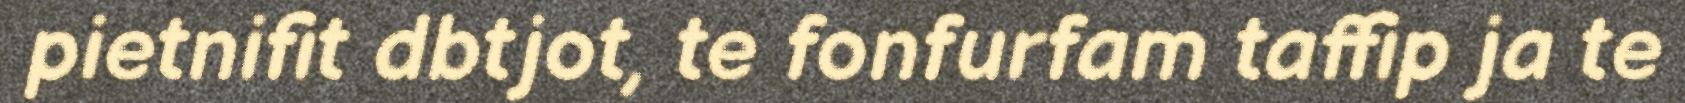
pietnifit dbtjot, te fonfurfam taffip ja te